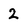
Character: 2